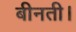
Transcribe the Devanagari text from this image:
बीनती।